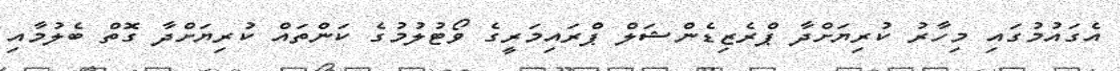
އެގައުމުގައި މިހާރު ކުރިޔަށްދާ ޕްރެޒިޑެންޝަލް ޕްރައިމަރީގެ ވޯޓުލުމުގެ ކަންތައް ކުރިޔަށްދާ ގޮތް ބެލުމާއި